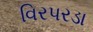
વિરપરડા